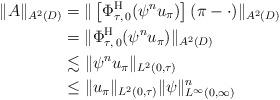
LaTeX: \begin{align*}\|A\|_{A^2(D)} &= \|\left[\Phi^{\mathrm{H}}_{\tau, \, 0}(\psi^{n} u_\pi)\right](\pi-\cdot)\|_{A^2(D)}\\&= \|\Phi^{\mathrm{H}}_{\tau, \, 0}(\psi^{n} u_\pi)\|_{A^2(D)} \\&\lesssim \|\psi^{n} u_\pi \|_{L^2(0, \tau)}\\&\leq \|u_\pi \|_{L^2(0, \tau)} \|\psi\|_{L^\infty(0, \infty)}^{n} \end{align*}